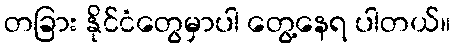
တခြား နိုင်ငံတွေမှာပါ တွေ့နေရ ပါတယ်။